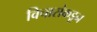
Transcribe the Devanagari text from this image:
विचारांकडून